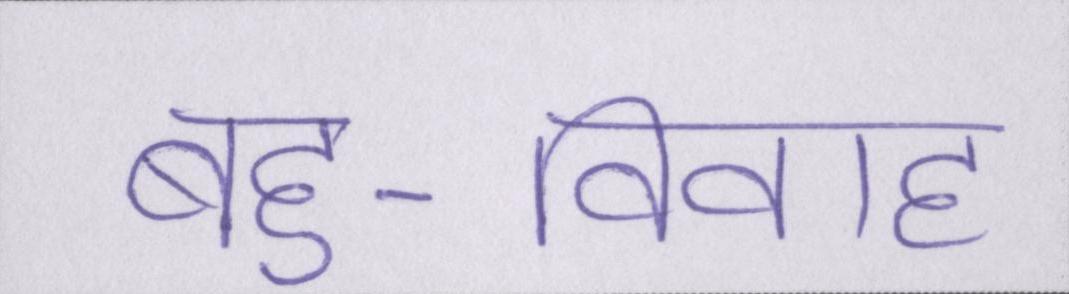
बहु-विवाह